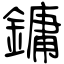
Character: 鏞